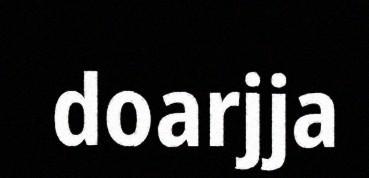
doarjja